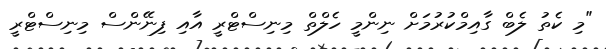
"މި ކެތު ލެބް ގާއިމްކުރުމަށް ނިންމީ ހެލްތް މިނިސްޓްރީ އާއި ފިނޭންސް މިނިސްޓްރީ